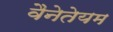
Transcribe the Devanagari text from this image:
वैनेतेयम